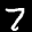
Label: 7